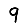
Digit: 9